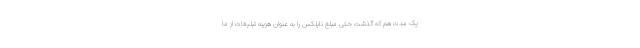
یک مدت هم که گذشت حتی مبلغ نایلکس را به عنوان هزینه تبلیغات از ما